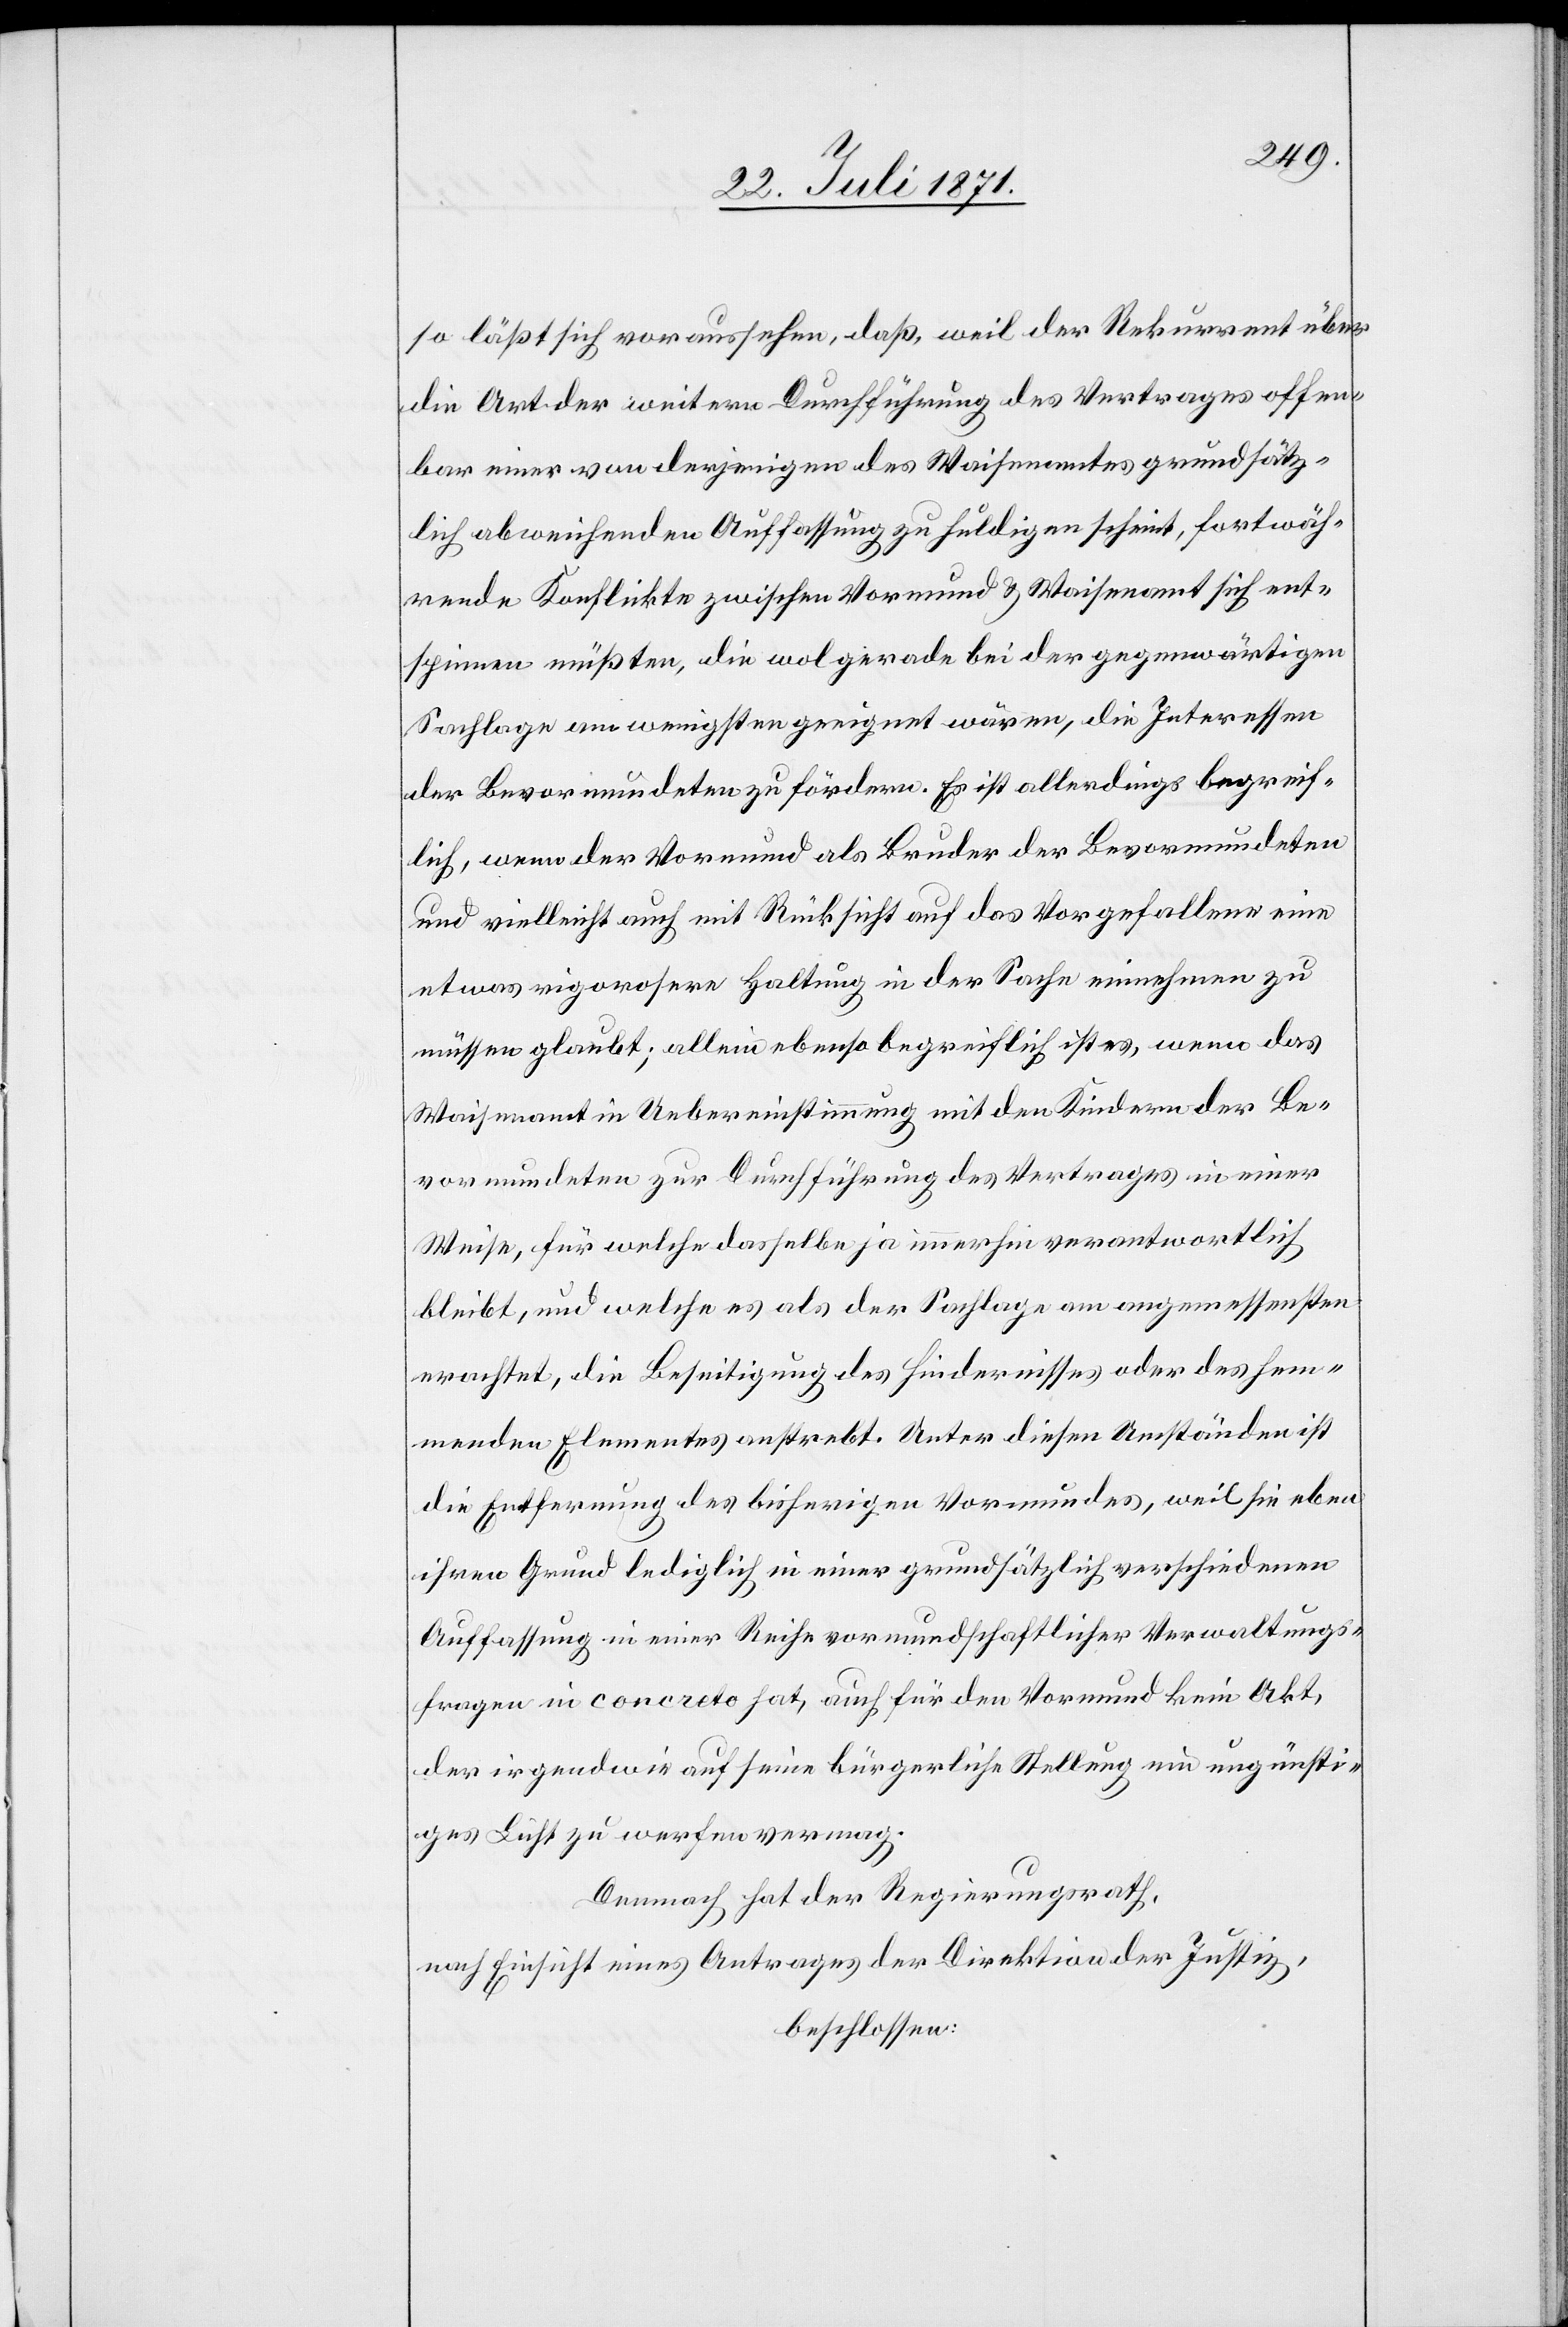
so läßt sich voraussehen, daß, weil der Rekurrent über
die Art der weitern Durchführung des Vertrages offen¬
bar einer von derjenigen des Waisenamtes grundsätz¬
lich abweichenden Auffassung zu huldigen scheint, fortwäh¬
rend Konflikte zwischen Vormund u. Waisenamt sich ent¬
spinnen müßten, die wol gerade bei der gegenwärtigen
Sachlage am wenigsten geeignet wären, die Interessen
der Bevormundeten zu fördern. Es ist allerdings begreif¬
lich, wenn der Vormund als Bruder der Bevormundeten
und vielleicht auch mit Rücksicht auf das Vorgefallene eine
etwas rigorosere Haltung in der Sache einnehmen zu
müssen glaubt; allein ebenso begreiflich ist es, wenn das
Waisenamt in Uebereinstimmung mit den Kindern der Be¬
vormundeten zur Durchführung des Vertrages in einer
Weise, für welche dasselbe ja immerhin verantwortlich
bleibt, und welche es als der Sachlage am angemessensten
erachtet, die Beseitigung des Hindernisses oder des hem¬
menden Elementes anstrebt. Unter diesen Umständen ist
die Entfernung des bisherigen Vormundes, weil sie eben
ihren Grund lediglich in einer grundsätzlich verschiedenen
Auffassung in einer Reihe vormundschaftlicher Verwaltungs¬
fragen in concreto hat, auch für den Vormund kein Akt,
der irgendwie auf seine bürgerliche Stellung ein ungünsti¬
ges Licht zu werfen vermag.
Demnach hat der Regierungsrath,
nach Einsicht eines Antrages der Direktion der Justiz,
beschlossen: